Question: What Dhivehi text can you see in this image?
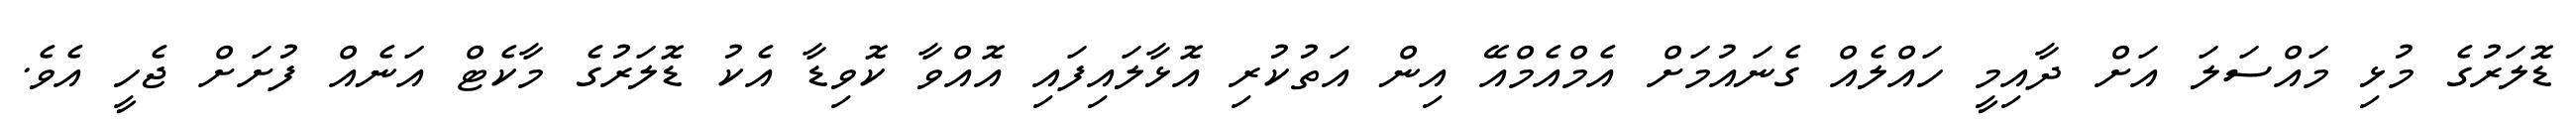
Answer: ޑޮލަރުގެ މުޅި މައްސަލަ އަށް ދާއިމީ ހައްލެއް ގެނައުމަށް އެމްއެމްއޭ އިން އަތުކުރި އޮޅާލައިފައި އޮއްވާ ކޮވިޑާ އެކު ޑޮލަރުގެ މާކެޓް އަނެއް ފުށަށް ޖެހީ އެވެ.